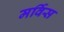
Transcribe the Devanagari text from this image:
मर्विस